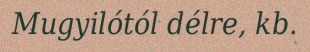
Mugyilótól délre, kb.